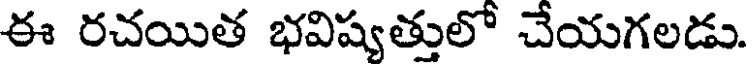
ఈ రచయిత భవిష్యత్తులో చేయగలడు.